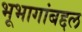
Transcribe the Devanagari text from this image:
भूभागांबद्दल